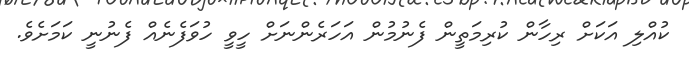
ކުއްލި އަކަށް ރިހާން ކުރިމަތީން ފެނުމުން އަހަރެންނަށް ހީވީ ހުވަފެނެއް ފެނުނީ ކަމަށެވެ.